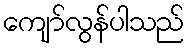
ကျော်လွန်ပါသည်